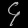
Digit: ၄